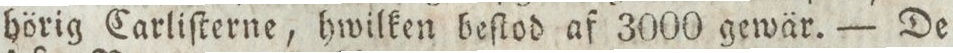
hörig Carliſterne, hwilken beſlod af 3000 gewär. — De